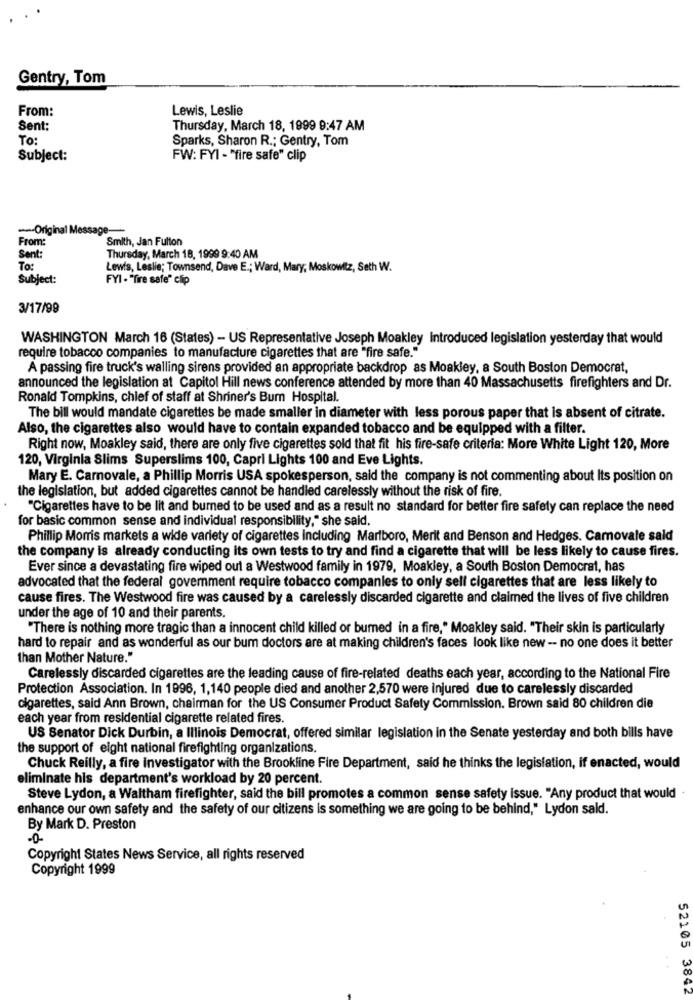
Gentry, Tom
From:
Lewis, Leslie
Sent:
Thursday, March 18, 1999 9:47 AM
TO:
Sparks, Sharon R .; Gentry, Tom
Subject:
FW: FYI - "fire safe" clip
--- Original Mess
From:
Smith, Jan Fulton
Sent:
Thursday, March 18, 1999 9:40 AM
To:
Lewis, Leslie; Townsend, Dave E .; Ward, Mary, Moskowitz, Seth W.
Subject:
FYI - "fire safe" clip
3/17/99
WASHINGTON March 16 (States) - US Representative Joseph Moakley Introduced legislation yesterday that would
require tobacco companies to manufacture cigarettes that are "fire safe."
A passing fire truck's walling sirens provided an appropriate backdrop as Moakley, a South Boston Democrat,
announced the legislation at Capitol Hill news conference attended by more than 40 Massachusetts firefighters and Dr.
Ronald Tompkins, chief of staff at Shriner's Bum Hospital.
The bill would mandate cigarettes be made smaller in diameter with less porous paper that is absent of citrate.
Also, the cigarettes also would have to contain expanded tobacco and be equipped with a filter.
Right now, Moakley said, there are only five cigarettes sold that fit his fire-safe criteria: More White Light 120, More
120, Virginia Slims Superslims 100, Capri Lights 100 and Eve Lights.
Mary E. Carnovale, a Phillip Morris USA spokesperson, said the company is not commenting about Its position on
the legislation, but added cigarettes cannot be handled carelessly without the risk of fire.
"Cigarettes have to be lit and burned to be used and as a result no standard for better fire safety can replace the need
for basic common sense and individual responsibility," she said.
Phillip Morris markets a wide variety of cigarettes Including Marlboro, Merit and Benson and Hedges. Camovale sald
the company is already conducting its own tests to try and find a cigarette that will be less likely to cause fires.
Ever since a devastating fire wiped out a Westwood family in 1979, Moakley, a South Boston Democrat, has
advocated that the federal government require tobacco companies to only sell cigarettes that are less likely to
cause fires. The Westwood fire was caused by a carelessly discarded cigarette and claimed the lives of five children
under the age of 10 and their parents.
"There is nothing more tragic than a innocent child killed or bumed in a fire," Moakley said. "Their skin is particularly
hard to repair and as wonderful as our bum doctors are at making children's faces look like new -- no one does it better
than Mother Nature."
Carelessly discarded cigarettes are the leading cause of fire-related deaths each year, according to the National Fire
Protection Association. In 1996, 1,140 people died and another 2,570 were injured due to carelessly discarded
cigarettes, said Ann Brown, chairman for the US Consumer Product Safety Commission. Brown said 80 children die
each year from residential cigarette related fires.
US Senator Dick Durbin, a Illinois Democrat, offered similar legislation in the Senate yesterday and both bills have
the support of eight national firefighting organizations.
Chuck Reilly, a fire investigator with the Brookline Fire Department, said he thinks the legislation, if enacted, would
eliminate his department's workload by 20 percent.
Steve Lydon, a Waltham firefighter, said the bill promotes a common sense safety issue. "Any product that would
enhance our own safety and the safety of our citizens is something we are going to be behind," Lydon sald.
By Mark D. Preston
-0-
Copyright States News Service, all rights reserved
Copyright 1999
52105 3842